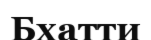
Бхатти